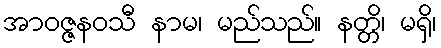
အာဝဇ္ဇနဝသီ နာမ၊ မည်သည်။ နတ္တိ၊ မရှိ၊